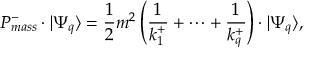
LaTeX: P _ { m a s s } ^ { - } \cdot \vert \Psi _ { q } \rangle = \frac { 1 } { 2 } m ^ { 2 } \left( \frac { 1 } { k _ { 1 } ^ { + } } + \cdots + \frac { 1 } { k _ { q } ^ { + } } \right) \cdot \vert \Psi _ { q } \rangle ,